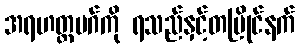
အရဟတ္တမဂ်ကို ရသည်နှင့်တပြိုင်နက်